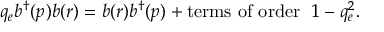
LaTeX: q _ { e } b ^ { \dagger } ( p ) b ( r ) = b ( r ) b ^ { \dagger } ( p ) + \mathrm { t e r m s ~ o f ~ o r d e r } ~ ~ 1 - q _ { e } ^ { 2 } .